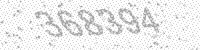
Solution: 368394